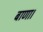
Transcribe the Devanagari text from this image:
बाणा।